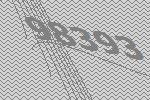
98393